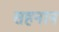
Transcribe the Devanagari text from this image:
सहनान